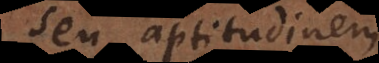
seu aptitudinem